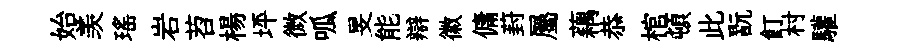
始羡瑤岩苕楊坪微呱旻能辯徽傭葑屬藕恭棺頓此翫飣村驩